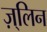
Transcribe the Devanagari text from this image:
ज़्लिन